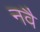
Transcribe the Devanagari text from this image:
नवै